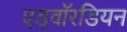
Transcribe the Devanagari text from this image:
एड्वॉरडियन